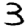
Digit: 3